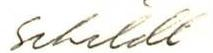
Schildt